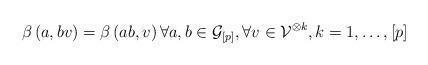
LaTeX: \begin{align*}\beta \left( a,bv\right) =\beta \left( ab,v\right) \forall a,b\in \mathcal{G}_{\left[ p\right] },\forall v\in \mathcal{V}^{\otimes k},k=1,\dots ,\left[ p\right] \end{align*}